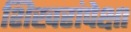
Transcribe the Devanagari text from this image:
शिखरांपेक्षा